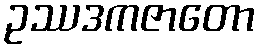
ဥဿဒကဇာတော